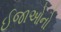
ઈજાઓનો